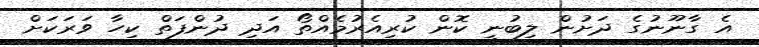
އެ ގާނޫނުގެ ދަށުން ލިބުނީ ކޮން ކުރިއެރުމެއްތޯ އަދި ދުންފަތް ކިހާ ވަރަކަށް